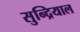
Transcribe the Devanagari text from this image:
सुन्द्रियाल